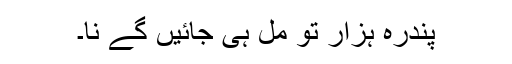
پندرہ ہزار تو مِل ہی جائیں گے نا۔